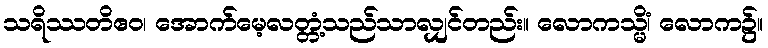
သရိဿတိဧဝ၊ အောက်မေ့လတ္တံ့သည်သာလျှင်တည်း။ လောကသ္မိံ၊ လောက၌။